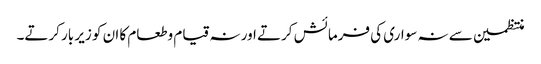
منتظمین سے نہ سواری کی فرمائش کرتے اور نہ قیام وطعام کا ان کو زیر بار کرتے۔